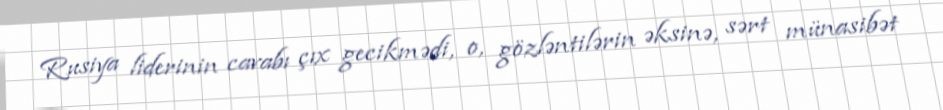
Rusiya liderinin cavabı çıx gecikmədi, o, gözləntilərin əksinə, sərt münasibət